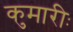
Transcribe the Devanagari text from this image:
कुमारीः